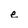
Character: e